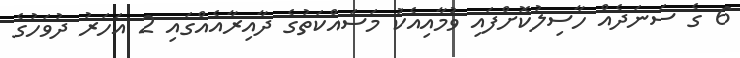
6 ގެ ސަނަދެއް ހާސިލުކޮށްފައި ވުމާއިއެކު މަސައްކަތުގެ ދާއިރާއެއްގައި 2 އަހަރު ދުވަހުގެ